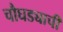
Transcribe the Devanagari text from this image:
चौघड्याची